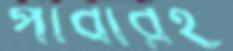
পাবারই